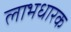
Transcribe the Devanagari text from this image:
लाभधारक